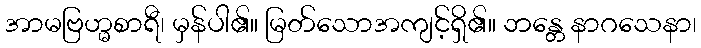
အာမဗြဟ္မစာရီ၊ မှန်ပါ၏။ မြတ်သောအကျင့်ရှိ၏။ ဘန္တေ နာဂသေနာ၊